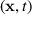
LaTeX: \mathbf { \rho } ( \mathbf { x } , t ) \,